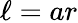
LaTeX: \ell=ar